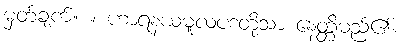
မှတ်ချက်။ ။ ဟာရနယမူလပဒတို့သာ နေတ္တိမည်၏။